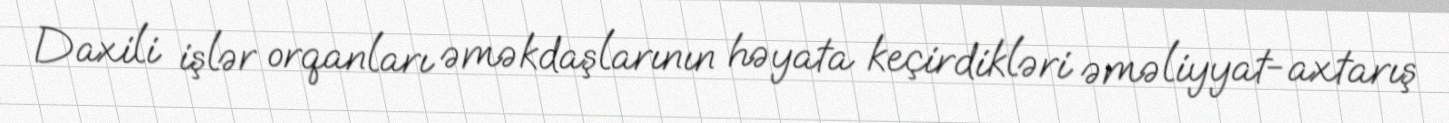
Daxili işlər orqanları əməkdaşlarının həyata keçirdikləri əməliyyat-axtarış